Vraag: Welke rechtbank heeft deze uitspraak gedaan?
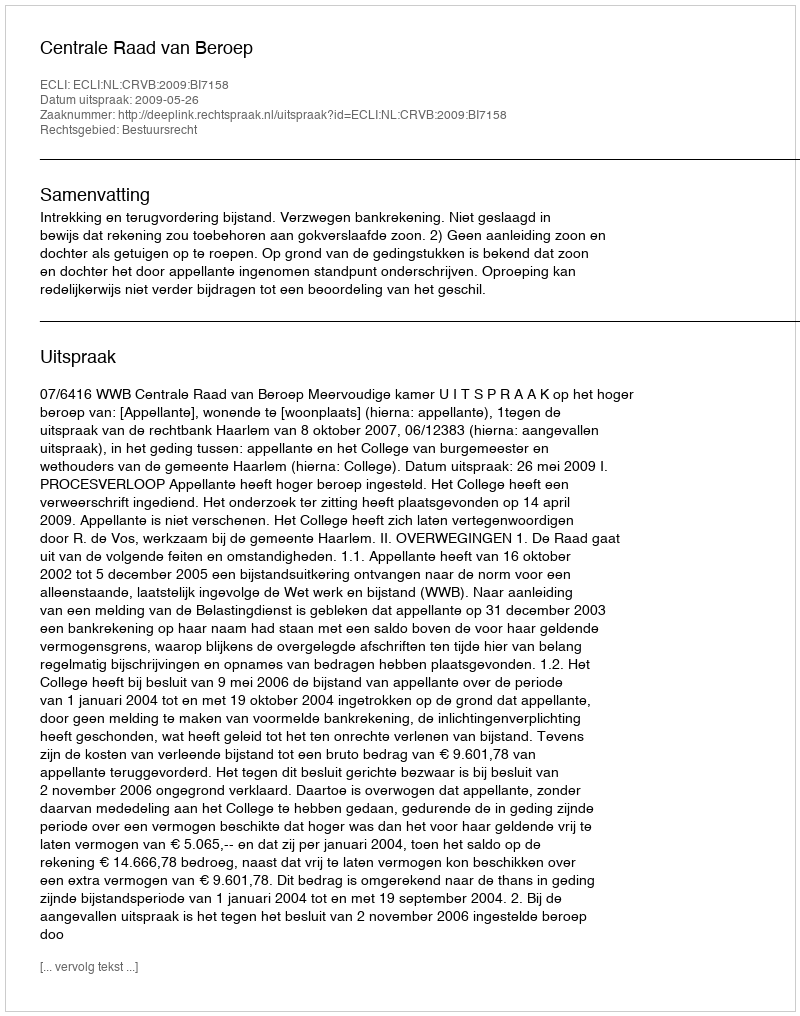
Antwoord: Centrale Raad van Beroep